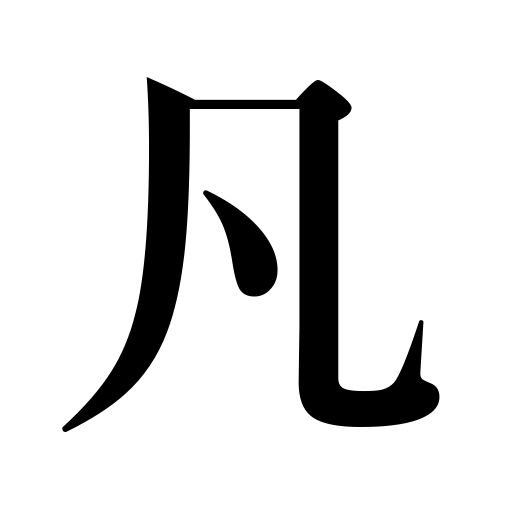
Meanings: mediocrity